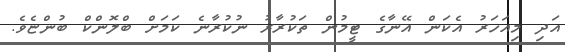
އަދި މިއަހަރު އެކަން އޭނާގެ ޓީމުން ތަކުރާރު ނުކުރާނެ ކަމަށް ބްލޮންކް ބުންޏެވެ.